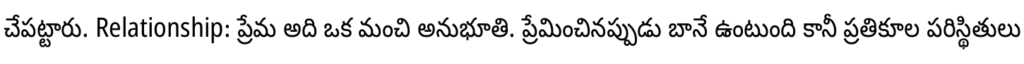
చేపట్టారు. Relationship: ప్రేమ అది ఒక మంచి అనుభూతి. ప్రేమించినప్పుడు బానే ఉంటుంది కానీ ప్రతికూల పరిస్థితులు